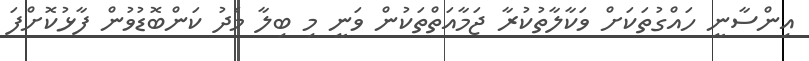
އިންސާނީ ހައްގުތަކަށް ވަކާލާތުކުރާ ޖަމާއަތްތަކުން ވަނީ މި ބިލާ މެދު ކަންބޮޑުވުން ފާޅުކޮށްފަ